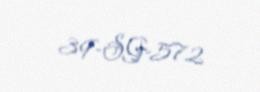
39-SG-572